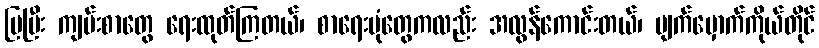
ပြပြီး ကျမ်းစာတွေ ရေးထုတ်ကြတယ်၊ စာရေးပုံတွေကလည်း အလွန်ကောင်းတယ်၊ မျက်မှောက်ကိုယ်တိုင်